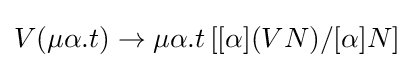
V(\mu \alpha .t)\to \mu \alpha .t\left[[\alpha ](VN)/[\alpha ]N\right]